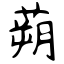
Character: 蒴